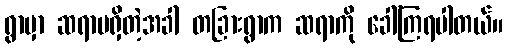
ရွာမှာ ဆရာမရှိတဲ့အခါ တခြားရွာက ဆရာကို ခေါ်ကြရပါတယ်။